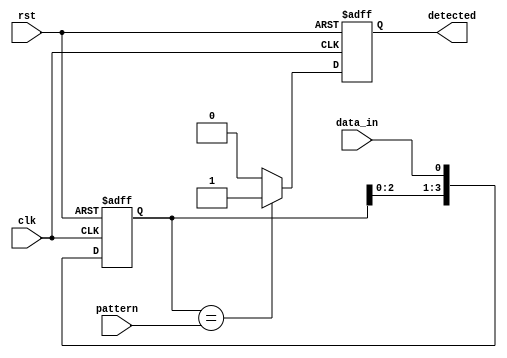
module PatternDetector #(
    parameter PATTERN_LENGTH = 4  // Length of the pattern to detect
) (
    input wire clk,                // Clock signal
    input wire rst,                // Reset signal
    input wire data_in,            // Input data stream
    input wire [PATTERN_LENGTH-1:0] pattern, // Pattern to detect
    output reg detected            // Output signal indicating detection
);

    // Shift register to hold the last PATTERN_LENGTH bits of data
    reg [PATTERN_LENGTH-1:0] shift_reg;

    // Sequential logic for sampling the input signal
    always @(posedge clk or posedge rst) begin
        if (rst) begin
            shift_reg <= 0;          // Reset shift register
            detected <= 0;           // Reset detection output
        end else begin
            shift_reg <= {shift_reg[PATTERN_LENGTH-2:0], data_in}; // Shift data in
            // Check for pattern match after filling the shift register
            if (shift_reg == pattern) begin
                detected <= 1;         // Pattern detected
            end else begin
                detected <= 0;         // No match
            end
        end
    end

endmodule